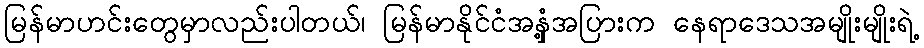
မြန်မာဟင်းတွေမှာလည်းပါတယ်၊ မြန်မာနိုင်ငံအနှံ့အပြားက နေရာဒေသအမျိုးမျိုးရဲ့